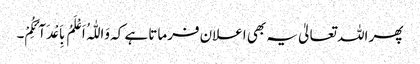
پھر اللہ تعالیٰ یہ بھی اعلان فرماتا ہے کہ وَاللّٰہُ اَعْلَمُ بِاَعْدَآئِکُمْ۔